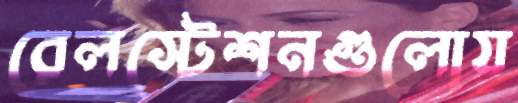
রেলস্টেশনগুলোয়